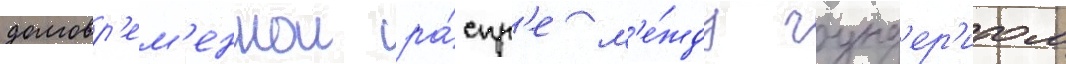
долговр'ем'еннои ра́спр'е м'е́жду гунд'ер'итом